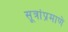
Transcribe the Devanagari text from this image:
सूत्रांप्रमाणे